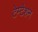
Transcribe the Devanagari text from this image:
टेम्टेशन